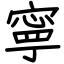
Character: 寧